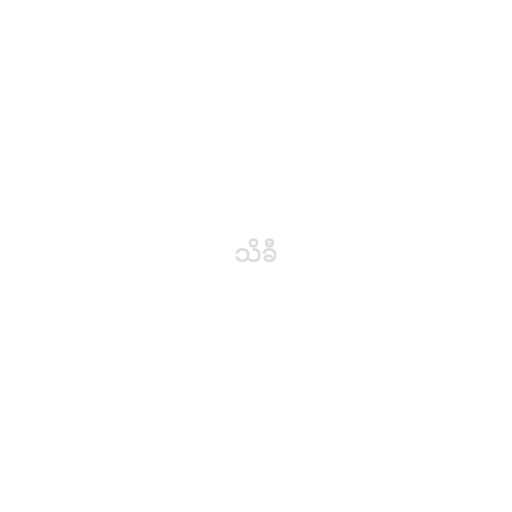
သိခီ